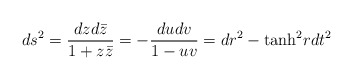
\begin{align*}ds^2 = { dz d{\bar z} \over 1 + z {\bar z}} = - {du dv \over 1 - uv} = dr^2 - {\rm tanh}^2 r dt^2\end{align*}